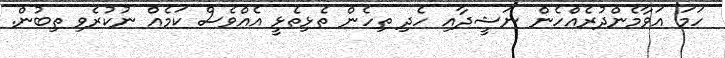
ހަމަ އަވާމެންދުރެއްހެން ނަޝީދާއި ހެދި ތިހެން ތެޅިތެޅީ އެެއްވެސް ކަމެއް ނުކުރެވި ތިބުން.